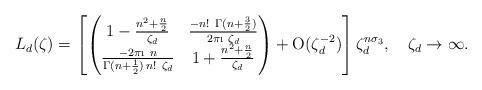
LaTeX: \begin{align*}L_d(\zeta)=\left[\begin{pmatrix}1-\frac{n^2+\frac{n}{2}}{\zeta_d} & \frac{-n!\ \Gamma(n+\frac32)}{2\pi\i\ \zeta_d}\\\frac{-2\pi\i\ n}{\Gamma(n+\frac12)\, n!\ \zeta_d} &1+\frac{n^2+\frac{n}{2}}{\zeta_d}\end{pmatrix}+\mathrm{O}(\zeta_d^{-2})\right]\zeta_d^{n\sigma_3},\quad\zeta_d\to\infty.\end{align*}